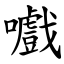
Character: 嚱